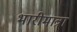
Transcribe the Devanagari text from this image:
भारीमात्रा